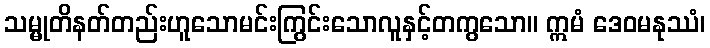
သမ္မုတိနတ်တည်းဟူသောမင်းကြွင်းသောလူနှင့်တကွသော။ ဣမံ ဒေဝမနုဿံ၊